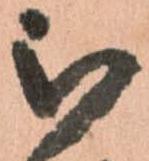
被